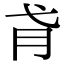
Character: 𢎀